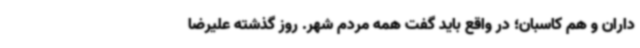
‌داران و هم کاسبان؛ در واقع باید گفت همه مردم شهر. روز گذشته علیرضا